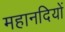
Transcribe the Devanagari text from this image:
महानदियों